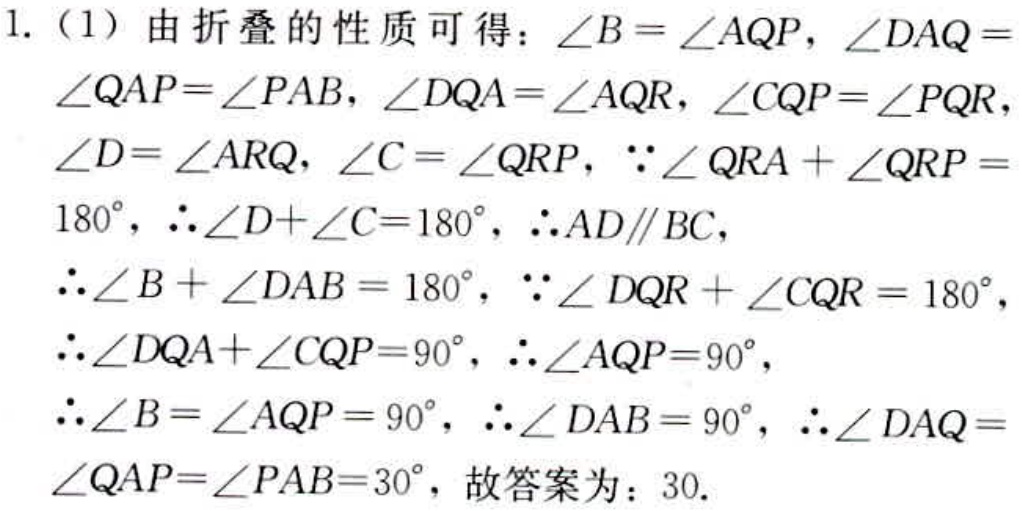
1. （1）由折叠的性质可得：\(\angle B = \angle AQP\)，\(\angle DAQ = \angle QAP=\angle PAB\)，\(\angle DQA = \angle AQR\)，\(\angle CQP = \angle PQR\)，\(\angle D = \angle ARQ\)，\(\angle C = \angle QRP\)，\(\because \angle QRA+\angle QRP = 180^{\circ}\)，\(\therefore \angle D+\angle C = 180^{\circ}\)，\(\therefore AD\parallel BC\)，
\(\therefore \angle B+\angle DAB = 180^{\circ}\)，\(\because \angle DQR+\angle CQR = 180^{\circ}\)，
\(\therefore \angle DQA+\angle CQP = 90^{\circ}\)，\(\therefore \angle AQP = 90^{\circ}\)，
\(\therefore \angle B=\angle AQP = 90^{\circ}\)，\(\therefore \angle DAB = 90^{\circ}\)，\(\therefore \angle DAQ = \angle QAP=\angle PAB = 30^{\circ}\)，故答案为：\(30\).